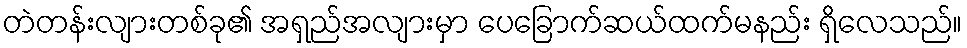
တဲတန်းလျားတစ်ခု၏ အရှည်အလျားမှာ ပေခြောက်ဆယ်ထက်မနည်း ရှိလေသည်။